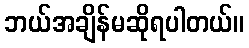
ဘယ်အချိန်မဆိုရပါတယ်။